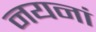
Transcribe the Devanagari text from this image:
नयनां